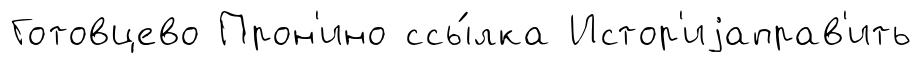
Готовцево Прон'ино ссы́лка Истор'иjаправ'ить